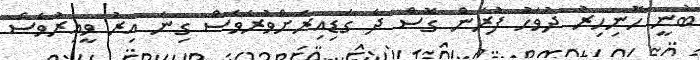
ބުނީ ހޮނިހިރު ދުވަހު ފުރަން ގޮސް ދެ ގަޑިއިރަށްވުރެވެސް ގިނަ އިރު ވީއިރުވެސް